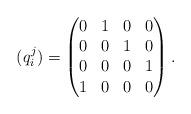
LaTeX: \begin{align*} (q_{i}^{j})=\begin{pmatrix} 0 & 1 & 0 & 0\\ 0 & 0 & 1 & 0 \\ 0 & 0 & 0 & 1\\ 1 & 0 & 0 & 0\\ \end{pmatrix}.\end{align*}